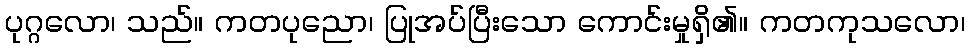
ပုဂ္ဂလော၊ သည်။ ကတပုညော၊ ပြုအပ်ပြီးသော ကောင်းမှုရှိ၏။ ကတကုသလော၊